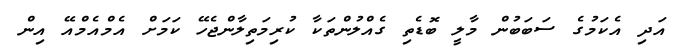
އަދި އެކަމުގެ ސަބަބުން މާލީ ބޮޑެތި ގެއްލުންތަކާ ކުރިމަތިލާންޖެހޭ ކަމަށް އެމްއެމްއޭ އިން